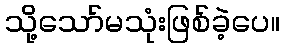
သို့သော်မသုံးဖြစ်ခဲ့ပေ။